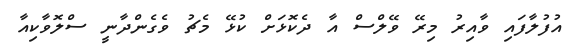
އުފުލާފައި ވާއިރު މިރޭ ވޭލްސް އާ ދެކޮޅަށް ކުޅޭ މެޗު ވެގެންދާނީ ސްލޮވާކިއާ